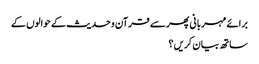
برائے مہربانی پھر سے قرآن و حدیث کے حوالوں کے
ساتھ بیان کریں ؟